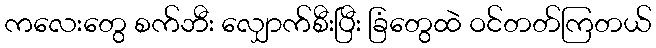
ကလေးတွေ စက်ဘီး လျှောက်စီးပြီး ခြံတွေထဲ ဝင်တတ်ကြတယ်